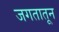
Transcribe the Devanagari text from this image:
जगतातून